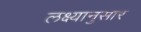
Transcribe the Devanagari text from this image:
लक्ष्यानुसार